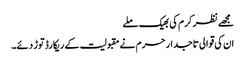
مجھے نظر کرم کی بھیک ملے
ان کی قوالی تاجدار حرم نے مقبولیت کے ریکارڈ توڑ دئے۔